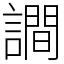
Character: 𧬘